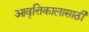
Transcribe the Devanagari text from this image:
आवृत्तिकालासाठी